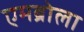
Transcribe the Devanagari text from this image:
एमब्रोला